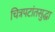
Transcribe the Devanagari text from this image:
चित्रपटांतसुद्धा